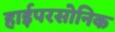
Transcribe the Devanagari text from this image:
हाईपरसोनिक